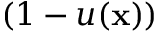
( 1 - u ( \mathbf x ) )